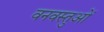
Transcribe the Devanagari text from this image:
वनवस्तुओं